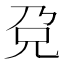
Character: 𰃋